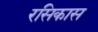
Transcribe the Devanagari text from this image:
रसिकास